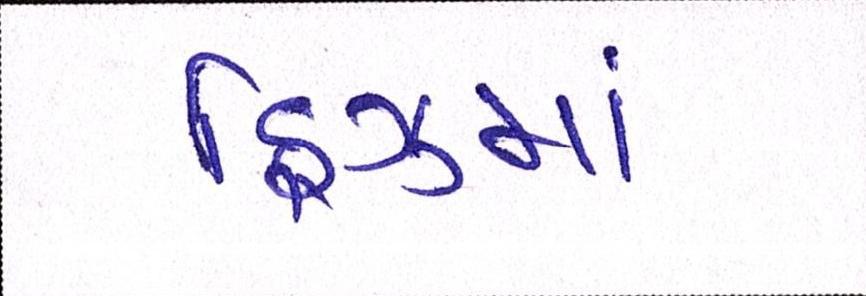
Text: ફ્રિઝમાં